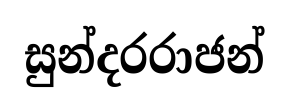
සුන්දරරාජන්